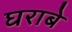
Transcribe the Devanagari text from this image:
घराबे